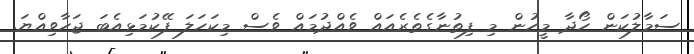
ސަމާލުކަން ހޯދާ މީހުން މި ފިތުނާގެތެރެއައް ވެއްދުމައް ވެސް މިކަހަލަ ފޭކުމަޅިއެބަ ޖަހާވިއްޔަ.